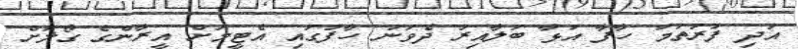
އަދި ފުރަތަމަ ހާފާ އަޅާ ބަލާއިރު ދެވަނަ ހާފުގައި އެޓީމަށް އީރާންގެ ގޯލަށް